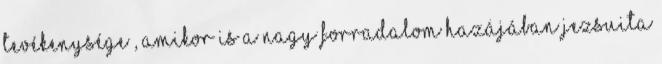
tevékenysége , amikor is a nagy forradalom hazájában jezsuita